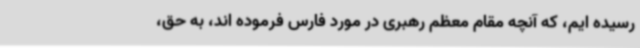
رسیده ایم، که آنچه مقام معظم رهبری در مورد فارس فرموده اند، به حق،